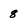
Character: 8